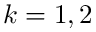
k = 1 , 2